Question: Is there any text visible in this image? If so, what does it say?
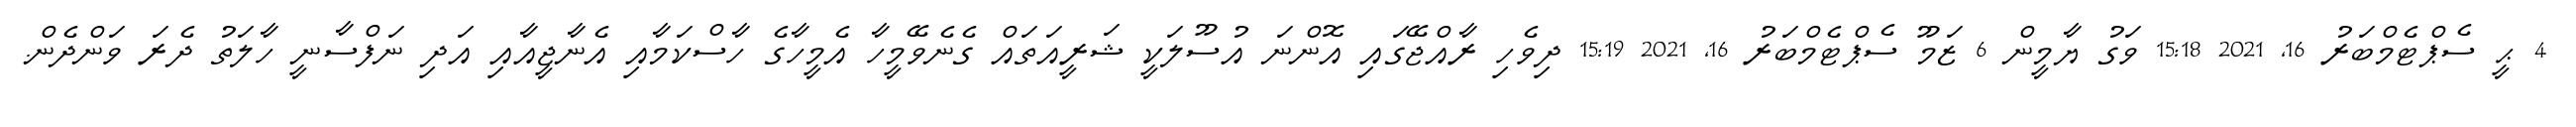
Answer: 4 ޙީ ސެޕްޓެމްބަރު 16, 2021 15:18 ވަގު ޔާމީން 6 ޒަމޫ ސެޕްޓެމްބަރު 16, 2021 15:19 ދިވެހި ރާއްޖޭގައި އޮންނަ އުސޫލަކީ ޝަރީއަތައް ގެނެވޭމީހާ އެމީހާގެ ހާސްކަމާއި އެނާޖީއާއި އަދި ނަފްސާނީ ހާލަތު ދެރަ ވަންދެން.